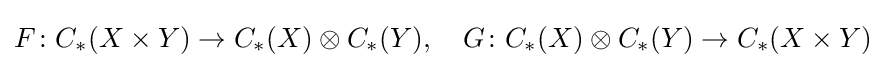
F\colon C_{*}(X\times Y)\rightarrow C_{*}(X)\otimes C_{*}(Y),\quad G\colon C_{*}(X)\otimes C_{*}(Y)\rightarrow C_{*}(X\times Y)